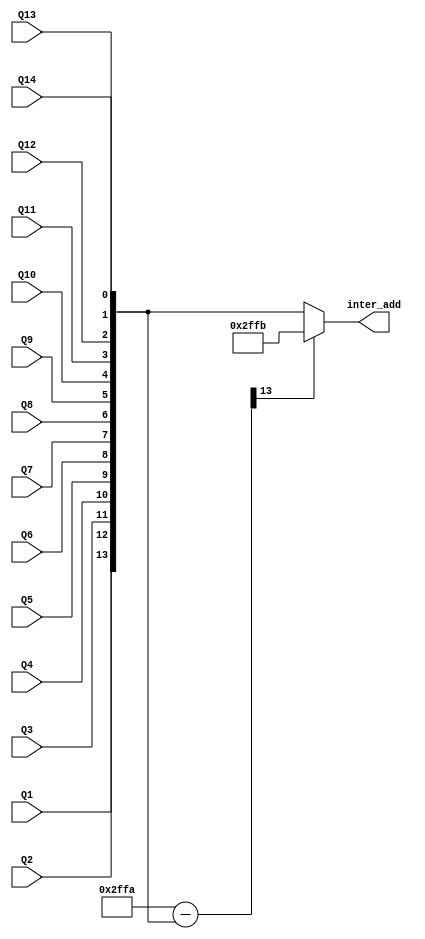
module comp_unit(inter_add,Q1,Q2,Q3,Q4,Q5,Q6,Q7,Q8,Q9,Q10,Q11,Q12,Q13,Q14);
input Q1,Q2,Q3,Q4,Q5,Q6,Q7,Q8,Q9,Q10,Q11,Q12,Q13,Q14;
output reg [13:0] inter_add;
wire [13:0] N,p;
wire msb;

assign N=14'b10111111111010;
assign p=N-{Q1,Q2,Q3,Q4,Q5,Q6,Q7,Q8,Q9,Q10,Q11,Q12,Q13,Q14};
assign msb=p[13];
always@(*)
begin
if(msb) inter_add=N+1;
else inter_add={Q1,Q2,Q3,Q4,Q5,Q6,Q7,Q8,Q9,Q10,Q11,Q12,Q13,Q14};
end
endmodule